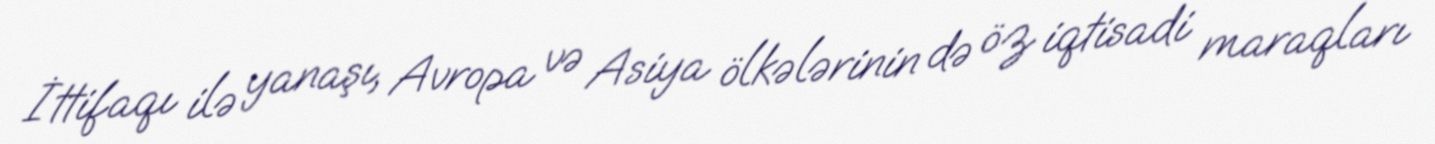
İttifaqı ilə yanaşı, Avropa və Asiya ölkələrinin də öz iqtisadi maraqları